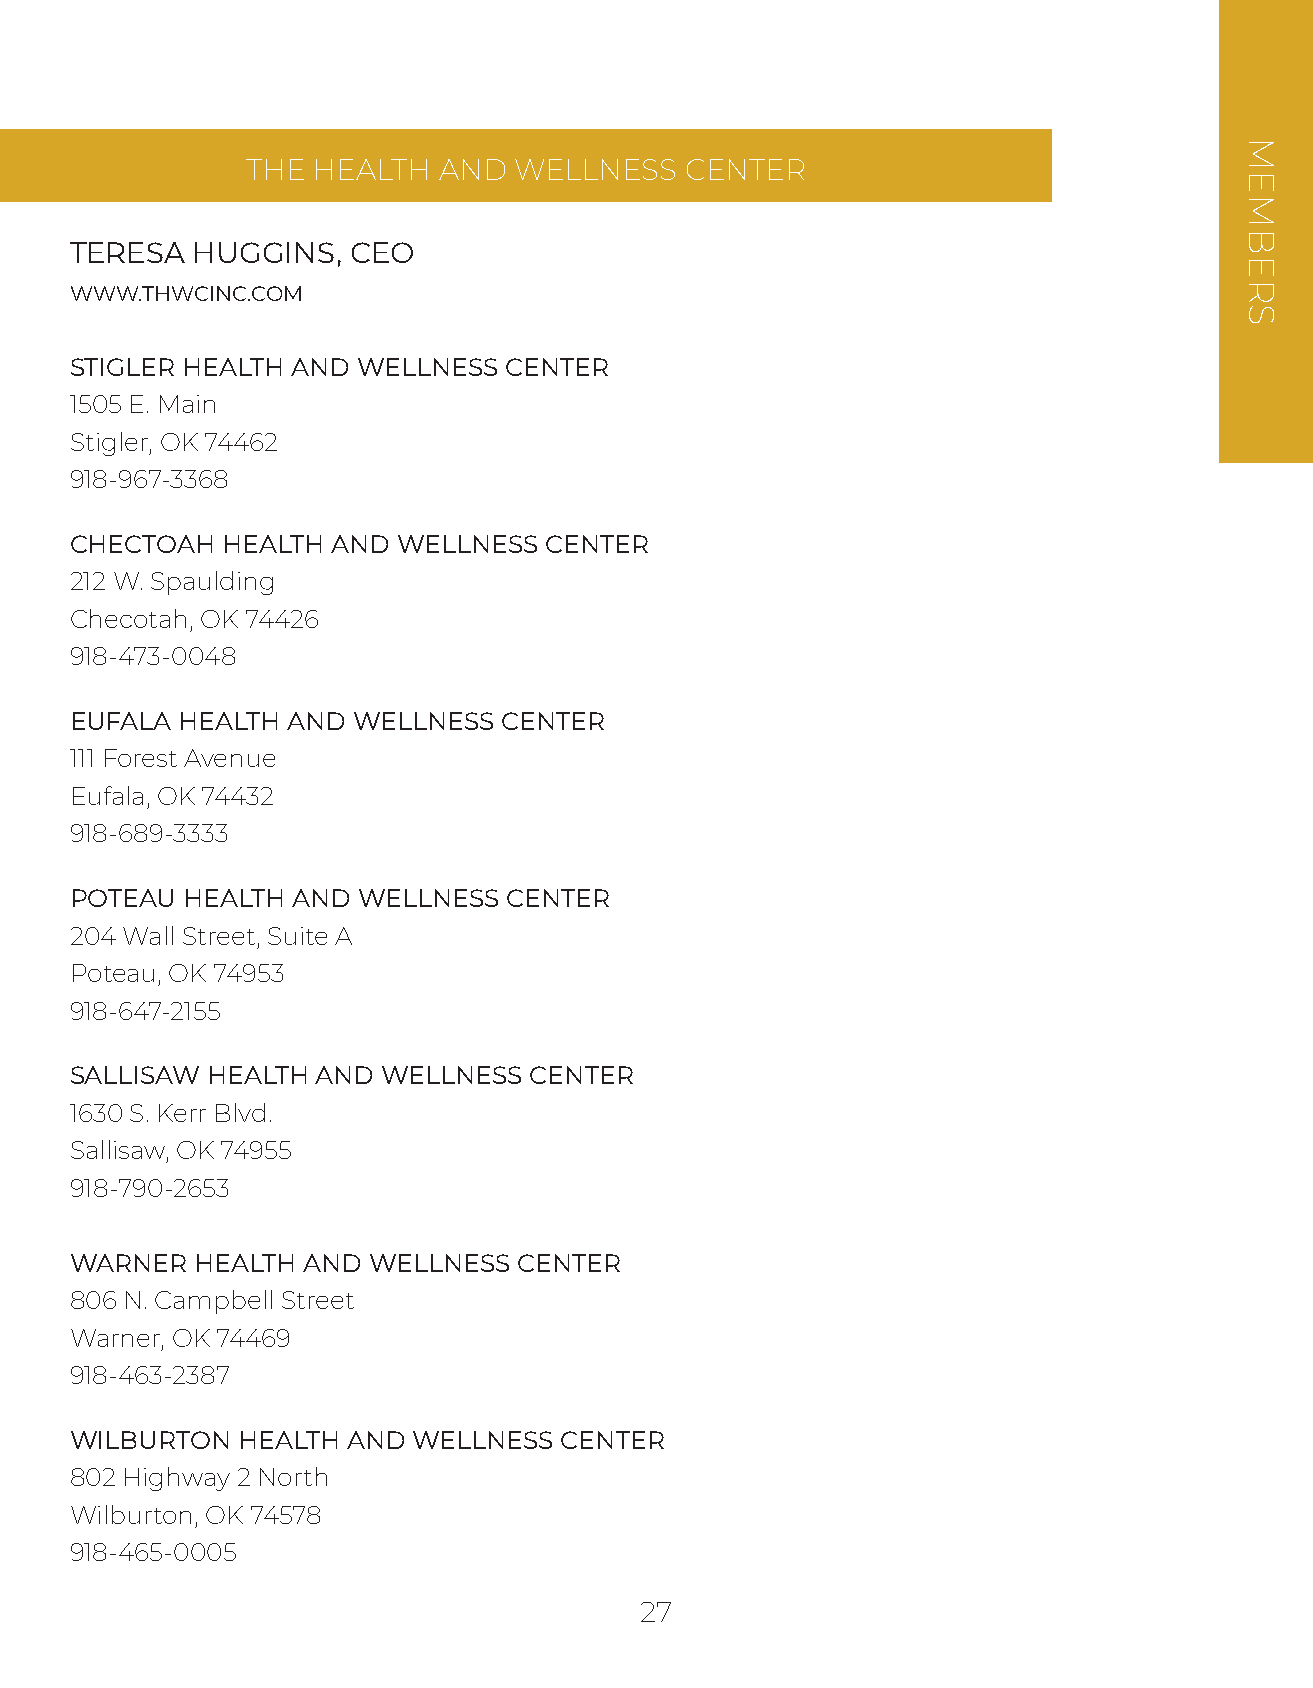
THE  HEALTH  AND  WELLNESS   CENTER
 TERESA  HUGGINS,  CEO
 WWW.THWCINC.COM
 STIGLER HEALTH AND WELLNESS CENTER
 1505 E. Main
 Stigler, OK 74462
 918-967-3368
 CHECTOAH  HEALTH AND WELLNESS  CENTER
 212 W. Spaulding
 Checotah, OK 74426
 918-473-0048
 EUFALA HEALTH AND WELLNESS  CENTER
 111 Forest Avenue
 Eufala, OK 74432
 918-689-3333
 POTEAU HEALTH AND  WELLNESS  CENTER
 204 Wall Street, Suite A
 Poteau, OK 74953
 918-647-2155
 SALLISAW HEALTH AND WELLNESS  CENTER
 1630 S. Kerr Blvd.
 Sallisaw, OK 74955
 918-790-2653
 WARNER  HEALTH AND WELLNESS  CENTER
 806 N. Campbell Street
 Warner, OK 74469
 918-463-2387
 WILBURTON  HEALTH AND WELLNESS  CENTER
 802 Highway 2 North
 Wilburton, OK 74578
 918-465-0005
 27
 MEMBERS